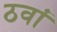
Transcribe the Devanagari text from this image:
ठवां